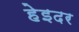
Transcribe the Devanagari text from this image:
हेइदर